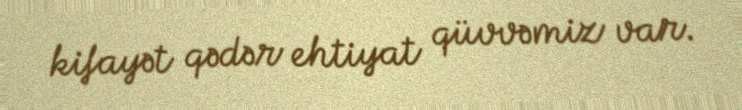
kifayət qədər ehtiyat qüvvəmiz var.